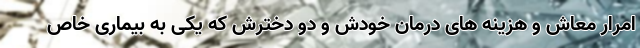
امرار معاش و هزینه های درمان خودش و دو دخترش که یکی به بیماری خاص